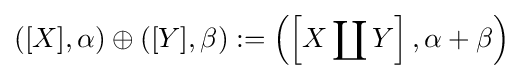
([X],\alpha )\oplus ([Y],\beta ):=\left(\left[X\coprod Y\right],\alpha +\beta \right)